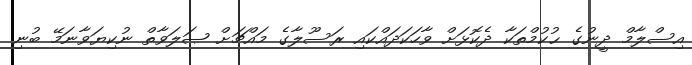
އިސްލާމް ދީނުގެ ޙުކުމްތަކާ ދެކޮޅަށް ވާހަކަދައްކައި ރަސޫލާގެ މައްޗަށް ޞަލަވާތް ނުކިޔަވާނަމޭ ބުނި